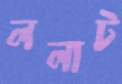
ললাট